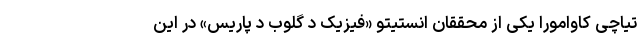
تیاچی کاوامورا یکی از محققان انستیتو «فیزیک د گلوب د پاریس» در این